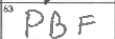
Transcription: PBF